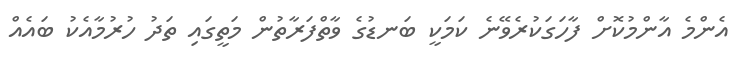
އެންމެ އާންމުކޮށް ފާހަގަކުރެވޭނެ ކަމަކީ ބަނޑުގެ ވާތްފަރާތުން މަތީގައި ތަދު ހުރުމާއެކު ބައެއް